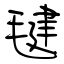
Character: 毽